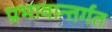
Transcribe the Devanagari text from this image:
प्रभावान्तर्गत